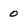
Character: o